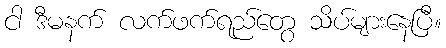
ငါ ဒီမနက် လက်ဖက်ရည်တွေ သိပ်များနေပြီ။